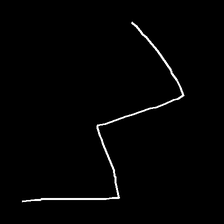
Glyph: crush